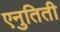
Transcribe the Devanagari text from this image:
एनुतिती